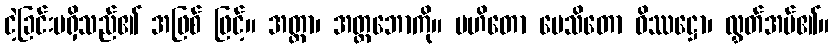
ငဲ့ခြင်းမရှိသည်၏ အဖြစ် ဖြင့်။ အတ္တာ၊ အတ္တဘောကို။ ပဟိတော ပေသိတော ဝိဿဋ္ဌော၊ လွှတ်အပ်၏။